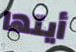
أيتها